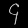
Digit: ၄